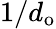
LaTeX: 1/d_{\mathrm{o}}